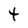
Character: 4